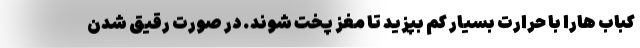
کباب هارا با حرارت بسیار کم بپزید تا مغز پخت شوند. در صورت رقیق شدن